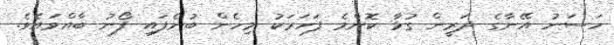
ހަސަނު އޭނާގެ ދަރީން ގުޅާ ކޮންމެ ފަހަރަކު މިހެން ބުނެފައި ފޯނު ބާއްވައެވެ.